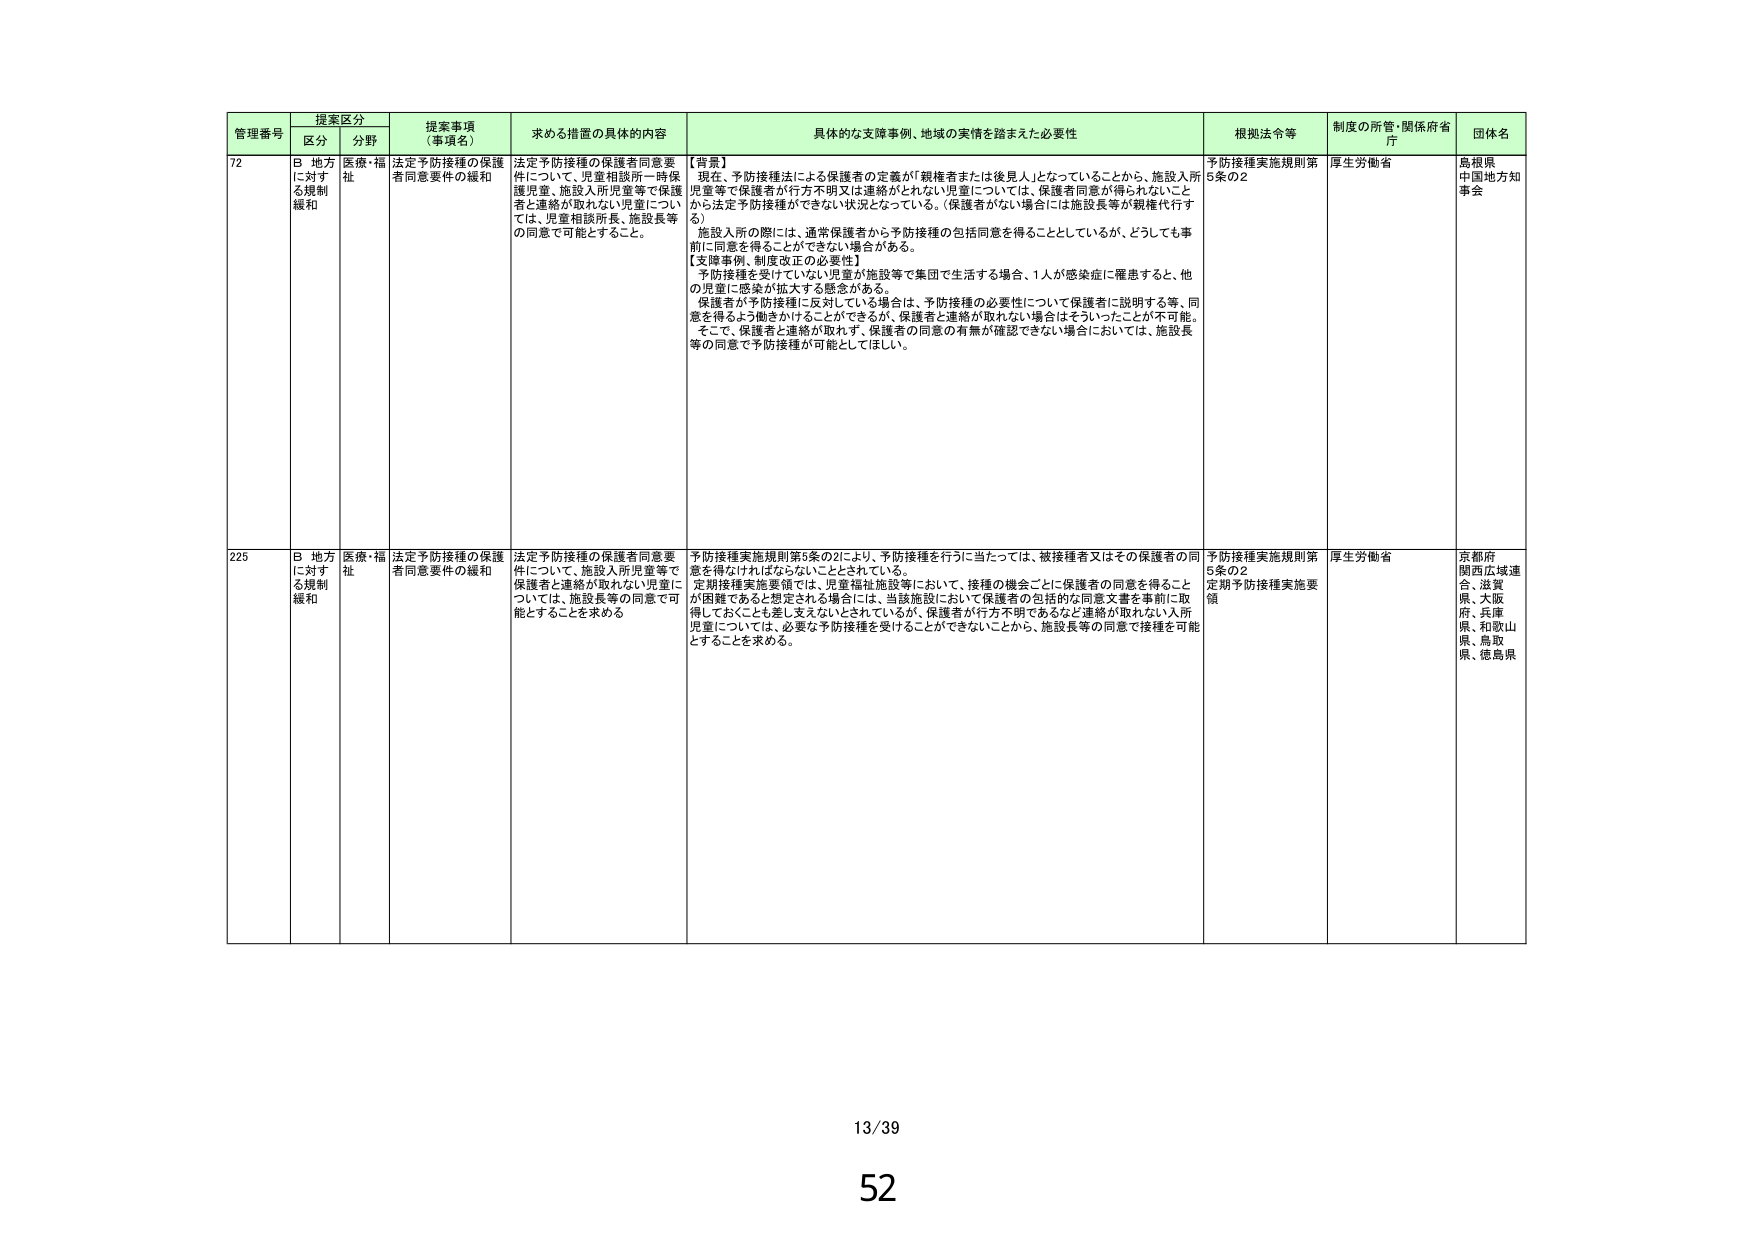
管理番号 提案区分 提案事項（事項名） 求める措置の具体的内容 具体的な支援事例、地域の実情を踏まえた必要性 根拠法令等 制度の所管・関係府省庁 団体名
区分 分野
72 B 地方に対する規制緩和 医療・福祉 法定予防接種の保護者同意要件の緩和 法定予防接種の保護者同意要件について、児童相談所一時保護児童、施設入所児童等で保護者と連絡が取れない児童については、児童相談所長、施設長等の同意で可能とすること。 【背景】 現在、予防接種法による保護者の定義が「親権者または後見人」となっていることから、施設入所児童等で保護者が行方不明又は連絡がとれない児童については、保護者同意が得られないことから法定予防接種ができない状況となっている。（保護者がいない場合には施設長等が親権代行する。） 施設入所の際には、通常保護者から予防接種の包括同意を得ることとしているが、どうしても事前に同意を得ることができない場合がある。 【支援事例、制度改正の必要性】 予防接種を受けていない児童が施設等で集団で生活する場合、1人が感染症に罹患すると、他の児童に感染が拡大する懸念がある。 保護者が予防接種に反対している場合は、予防接種の必要性について保護者に説明する等、同意を得るよう働きかけることができるが、保護者と連絡が取れない場合はそういったことが不可能。 そこで、保護者と連絡が取れず、保護者の同意の有無が確認できない場合においては、施設長等の同意で予防接種が可能としてほしい。 予防接種実施規則第5条の2 厚生労働省 島根県 中国地方知事会
225 B 地方に対する規制緩和 医療・福祉 法定予防接種の保護者同意要件の緩和 法定予防接種の保護者同意要件について、施設入所児童等で保護者と連絡が取れない児童については、施設長等の同意で可能とすることを求める 予防接種実施規則第5条の2により、予防接種を行うに当たっては、被接種者又はその保護者の同意を得なければならないこととされている。 定期接種実施要領では、児童福祉施設等において、接種の機会ごとに保護者の同意を得ること が困難であると想定される場合には、当該施設において保護者の包括的な同意文書を事前に取得しておくことも差し支えないとされているが、保護者が行方不明であるなど連絡が取れない入所児童については、必要な予防接種を受けることができないことから、施設長等の同意で接種を可能とすることを求める。 予防接種実施規則第5条の2 定期予防接種実施要領 厚生労働省 京都府 関西広域連合、滋賀県、大阪府、兵庫県、和歌山県、鳥取県、徳島県
13/39
52